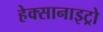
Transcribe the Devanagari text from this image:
हेक्सानाइट्रो